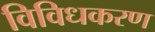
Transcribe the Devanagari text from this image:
विविधकरण